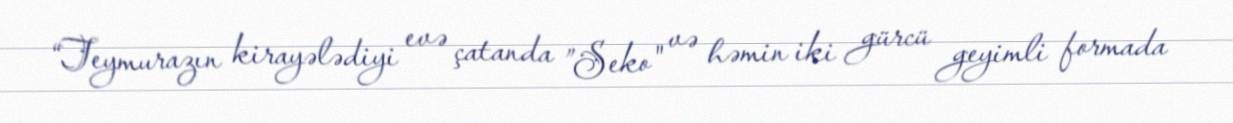
“Teymurazın kirayələdiyi evə çatanda ”Seko" və həmin iki gürcü geyimli formada